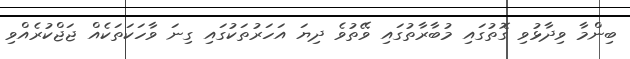
ބިންމާ ވިދާޅުވި ގޮތުގައި މުބާރާތުގައި ވޭތުވެ ދިޔަ އަހަރުތަކުގައި ގިނަ ވާހަކަތަކެއް ޖަޖްކުރެއްވި